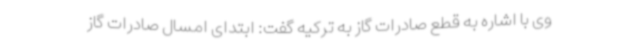
وی با اشاره به قطع صادرات گاز به ترکیه گفت: ابتدای امسال صادرات گاز